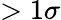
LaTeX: >1\sigma